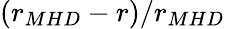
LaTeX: (r_{MHD}-r)/r_{MHD}